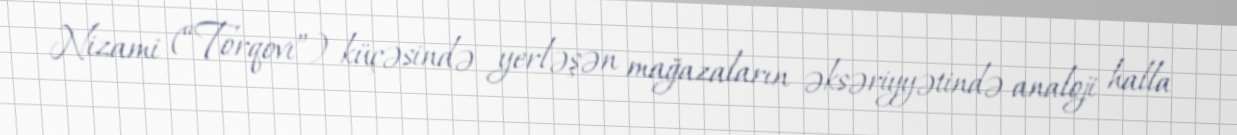
Nizami (“Torqovı”) küçəsində yerləşən mağazaların əksəriyyətində analoji halla